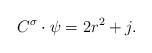
LaTeX: \begin{align*}C^{\sigma} \cdot \psi = 2r^{2}+j.\end{align*}